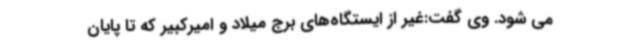
می شود. وی گفت:غیر از ایستگاه‌های برج میلاد و امیرکبیر که تا پایان